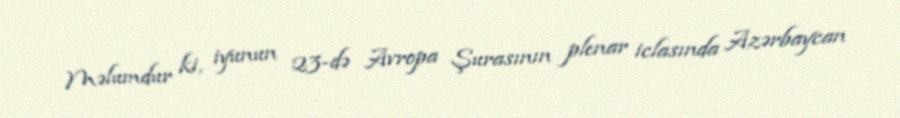
Məlumdur ki, iyunun 23-də Avropa Şurasının plenar iclasında Azərbaycan